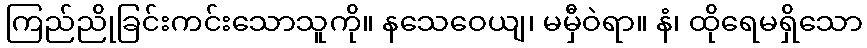
ကြည်ညိုခြင်းကင်းသောသူကို။ နသေဝေယျ၊ မမှီဝဲရာ။ နံ၊ ထိုရေမရှိသော